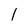
Character: l